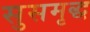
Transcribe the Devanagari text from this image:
सुसमृद्ध